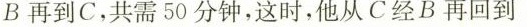
B再到C，共需50分钟，这时，他从C经B再回到